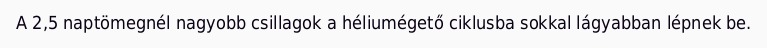
A 2,5 naptömegnél nagyobb csillagok a héliumégető ciklusba sokkal lágyabban lépnek be.